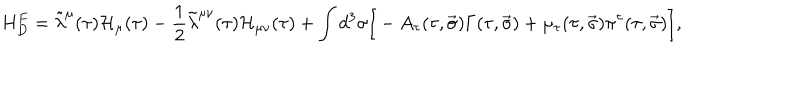
H _ { D } ^ { F } = \tilde { \lambda } ^ { \mu } ( \tau ) { \cal H } _ { \mu } ( \tau ) - \frac 1 2 \tilde { \lambda } ^ { \mu \nu } ( \tau ) { \cal H } _ { \mu \nu } ( \tau ) + \int { d ^ { 3 } \sigma \Big [ - A _ { \tau } ( \tau , \vec { \sigma } ) \Gamma ( \tau , \vec { \sigma } ) + \mu _ { \tau } ( \tau , \vec { \sigma } ) \pi ^ { \tau } ( \tau , \vec { \sigma } ) \Big ] } ,